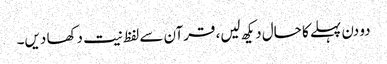
دو دن پہلے کا حال دیکھ لیں، قرآن سے لفظ نیت دکھا دیں۔